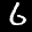
Label: 6